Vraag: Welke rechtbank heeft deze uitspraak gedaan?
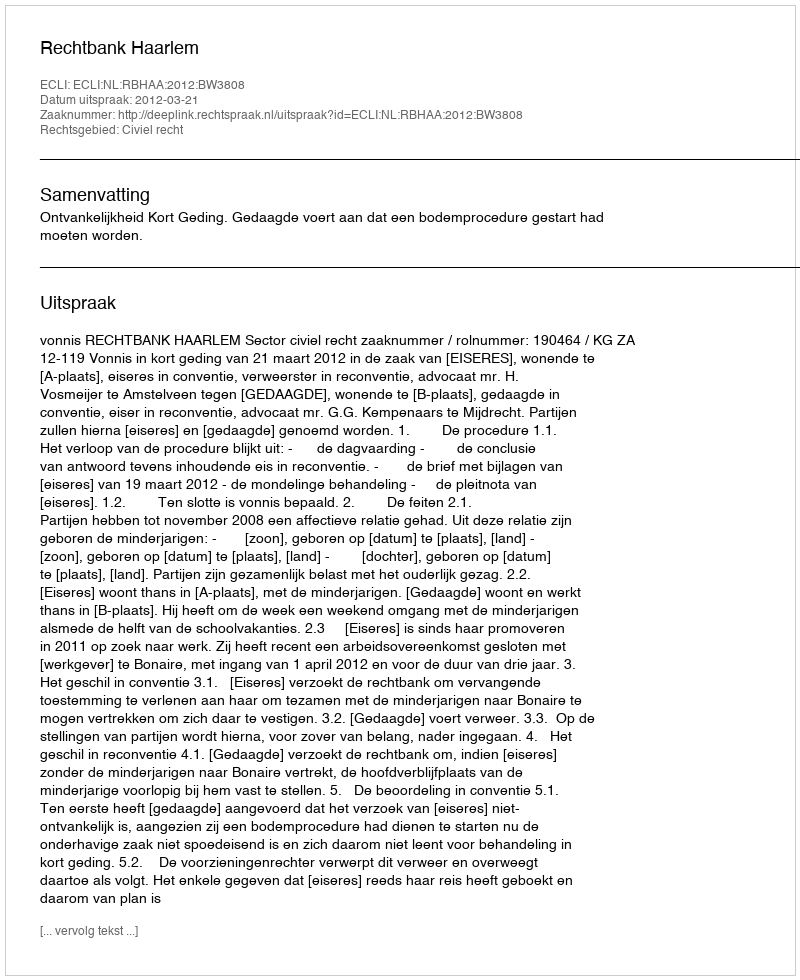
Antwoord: Rechtbank Haarlem